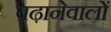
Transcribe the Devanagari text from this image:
बढ़ानेवालों